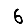
Digit: 6